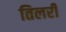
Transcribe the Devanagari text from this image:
तिलरी